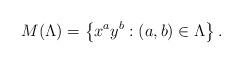
LaTeX: \begin{align*}M(\Lambda) = \left\{ x^ay^b : (a,b) \in \Lambda \right\}. \end{align*}